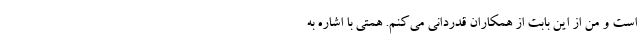
است و من از این بابت از همکاران قدردانی می‌کنم. همتی با اشاره به